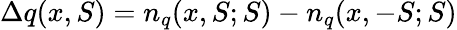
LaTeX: \Delta q(x,S)=n_{q}(x,S;S)-n_{q}(x,-S;S)